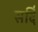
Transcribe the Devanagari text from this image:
सर्दि